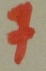
Text: 7